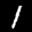
Label: 1